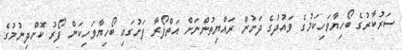
ސަރުކާރުގެ ބޯހިޔާވަހިކަމުގެ ވައުދުގެ ދަށުން ރައްޔިތުންނަށް އަތްފޯރާ ފަށުގައި ބޯހިޔާވަހިކަން ފޯރު ކޮށްދިނުމުގެ